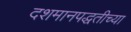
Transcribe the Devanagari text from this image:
दशमानपद्धतीच्या